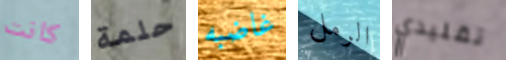
كانت حلمة غاضبه الرمل تقليدي